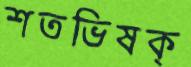
শতভিষক্‌